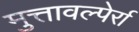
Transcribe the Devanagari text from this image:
मुत्तावल्पेर्रा